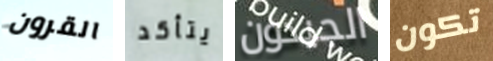
القرون يتأكد الجيدون تكون